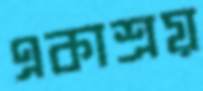
একাশ্রয়